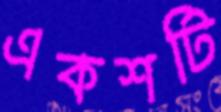
একশটি